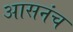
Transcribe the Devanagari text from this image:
आसनंच